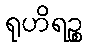
ရုဟိရဉ္စ